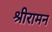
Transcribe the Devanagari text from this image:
श्रीरामन